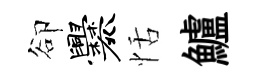
卻爨恬鱸